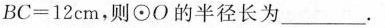
$$B C = 1 2 c m$$，则⊙O的半径长为___.